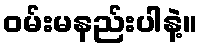
ဝမ်းမနည်းပါနဲ့။